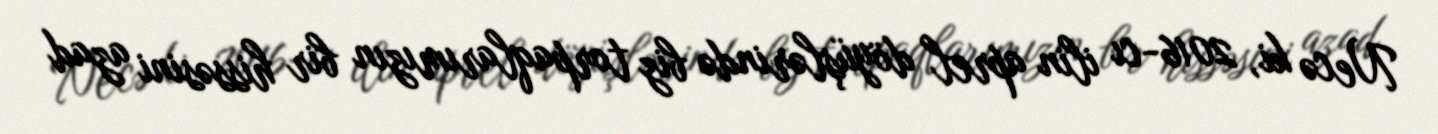
Necə ki, 2016-cı ilin aprel döyüşlərində biz torpaqlarımızın bir hissəsini azad